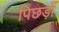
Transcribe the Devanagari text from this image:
पिछड़ोँ